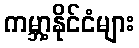
ကမ္ဘာ့နိုင်ငံများ